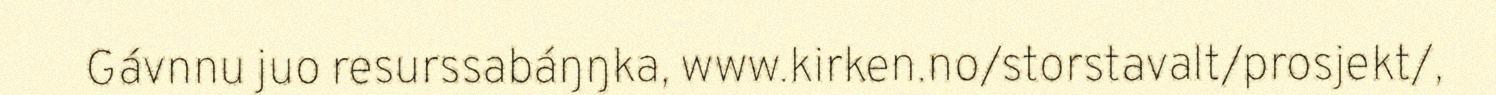
Gávnnu juo resurssabáŋŋka, www.kirken.no/storstavalt/prosjekt/,